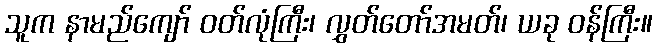
သူက နာမည်ကျော် ဝတ်လုံကြီး၊ လွှတ်တော်အမတ်၊ ယခု ဝန်ကြီး။